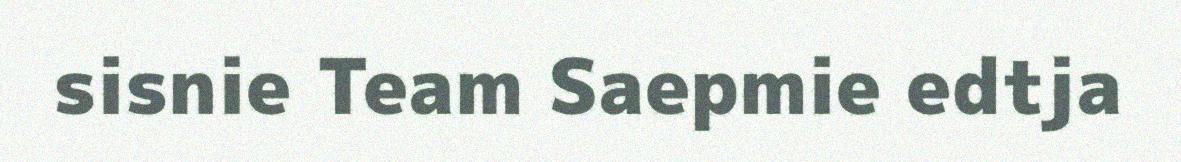
sisnie Team Saepmie edtja